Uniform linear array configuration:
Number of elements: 32
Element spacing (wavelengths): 0.75
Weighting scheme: kaiser
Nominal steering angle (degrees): -30
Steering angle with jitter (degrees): -28.008
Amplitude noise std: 0.05
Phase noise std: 0.05

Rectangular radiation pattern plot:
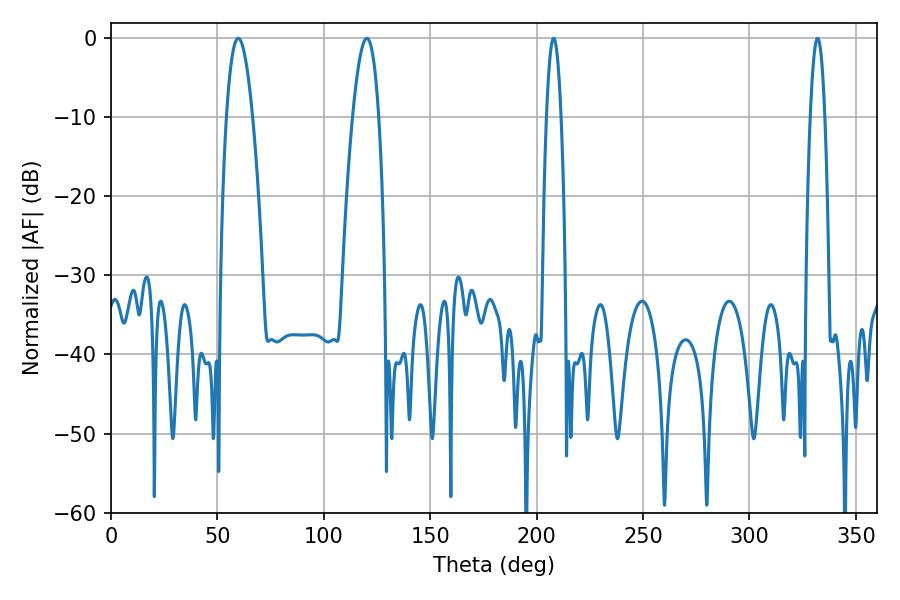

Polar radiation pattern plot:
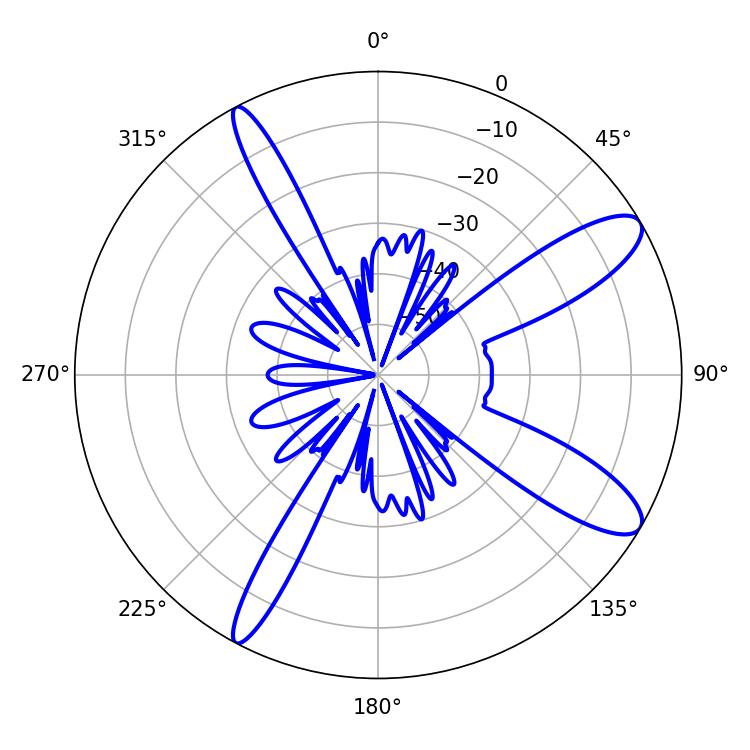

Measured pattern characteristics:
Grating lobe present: TRUE
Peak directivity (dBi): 11.168
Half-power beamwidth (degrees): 6.84
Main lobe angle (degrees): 120.24